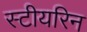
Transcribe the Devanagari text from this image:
स्टीयरिन